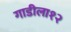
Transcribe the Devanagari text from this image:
गाडीला१२